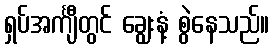
ရှပ်အင်္ကျီတွင် ချွေးနံ့ စွဲနေသည်။